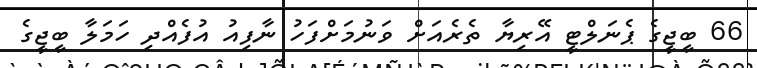
66 ބީޖީގެ ޕެނަލްޓީ އޭރިޔާ ތެރެއަށް ވަނުމަށްފަހު ނާފިއު އުފެއްދި ހަމަލާ ބީޖީގެ